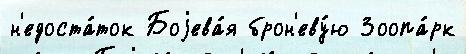
н'едоста́ток Боjева́я брон'еву́ю Зоопа́рк